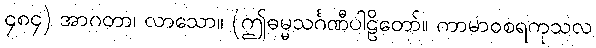
၄၈၄) အာဂတာ၊ လာသော။ (ဤဓမ္မသင်္ဂဏီပါဠိတော်။ ကာမာဝစရကုသလ